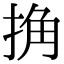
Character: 捔